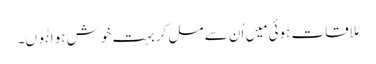
مُلاقات ہوئی مَیں اُن سے مل کر بہت خوش ہوا ہُوں۔